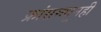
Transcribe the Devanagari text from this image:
फ्रांसमधूनही